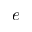
e